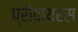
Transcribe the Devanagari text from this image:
प्रोवायरस